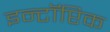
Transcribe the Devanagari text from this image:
इन्टॉप्टिक